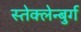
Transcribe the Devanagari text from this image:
स्तेक्लेन्बुर्ग